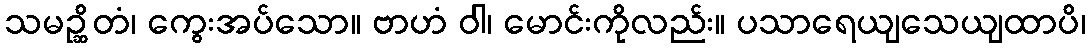
သမဉ္ဆိတံ၊ ကွေးအပ်သော။ ဗာဟံ ဝါ၊ မောင်းကိုလည်း။ ပသာရေယျသေယျထာပိ၊